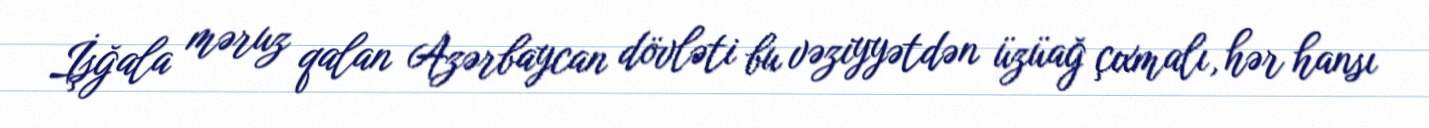
İşğala məruz qalan Azərbaycan dövləti bu vəziyyətdən üzüağ çıxmalı, hər hansı